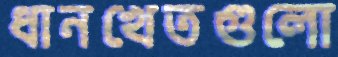
ধানখেতগুলো